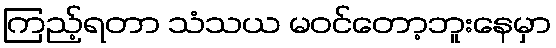
ကြည့်ရတာ သံသယ မဝင်တော့ဘူးနေမှာ